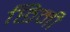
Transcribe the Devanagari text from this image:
छिनी